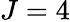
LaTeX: J=4